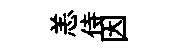
恙侍因